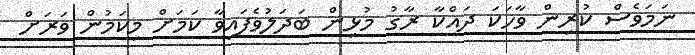
ނަމަވެސް ކުރިން ވާހަކަ ދައްކާ ރާގު މުޅިން ބަދަލުވެފައިވާ ކަމަށް މިކަމުން ވަރަށް